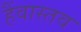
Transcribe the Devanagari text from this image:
हैंवास्तव